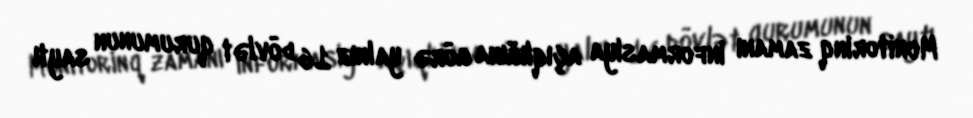
Monitorinq zamanı informasiya açıqlığına görə yalnız 16 dövlət qurumunun saytı